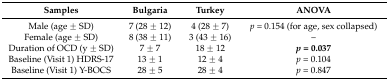
<table><thead><tr><td><b>Samples</b></td><td><b>Bulgaria</b></td><td><b>Turkey</b></td><td><b>ANOVA</b></td></tr></thead><tbody><tr><td>Male (age ± SD)</td><td>7 (28 ± 12)</td><td>4 (28 ± 7)</td><td><i>p</i> = 0.154 (for age, sex collapsed)</td></tr><tr><td>Female (age ± SD)</td><td>8 (38 ± 11)</td><td>3 (43 ± 16)</td><td>–</td></tr><tr><td>Duration of OCD (y ± SD)</td><td>7 ± 7</td><td>18 ± 12</td><td><b><i>p</i> = 0.037</b></td></tr><tr><td>Baseline (Visit 1) HDRS-17</td><td>13 ± 1</td><td>12 ± 4</td><td><i>p</i> = 0.104</td></tr><tr><td>Baseline (Visit 1) Y-BOCS</td><td>28 ± 5</td><td>28 ± 4</td><td><i>p</i> = 0.847</td></tr></tbody></table>